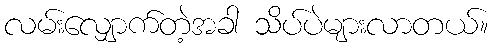
လမ်းလျှောက်တဲ့အခါ သိပ်ပဲများလာတယ်။